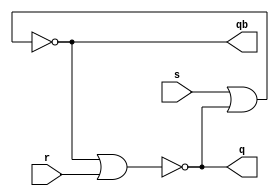
`timescale 1ns / 1ps
//////////////////////////////////////////////////////////////////////////////////
// Company: 
// Engineer: 
// 
// Design Name: 
// Module Name: e1_module
// Project Name: 
// Target Devices: 
// Tool Versions: 
// Description: 
// 
// Dependencies: 
// 
// Revision:
// Revision 0.01 - File Created
// Additional Comments:
// 
//////////////////////////////////////////////////////////////////////////////////


module e1_module(q,qb,r,s);
output q, qb;
input r,s;

nor #1 g1(q,qb,r);
nor #1 g2(qb,s,q);


endmodule